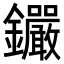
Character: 𨰫